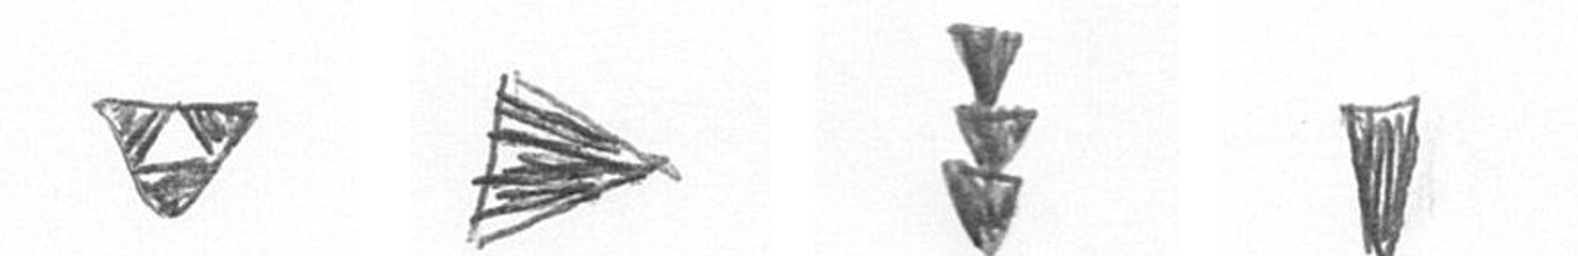
S T E J